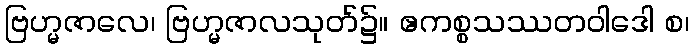
ဗြဟ္မဇာလေ၊ ဗြဟ္မဇာလသုတ်၌။ ဧကစ္စသဿတဝါဒေါ စ၊